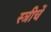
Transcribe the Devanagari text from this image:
स्त्रीचें